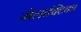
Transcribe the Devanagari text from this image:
गैलाक्टिका